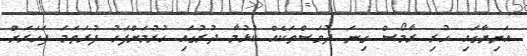
އަނިޔާގައި ހުރި ރާމޯސް ގިނަ ދުވަސްތަކެއް ކުޅުމާ ދުރުގައި ހުރުމަށްފަހު ފުރަތަމަ ފަހަރަށް